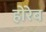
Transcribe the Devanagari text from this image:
होरेब